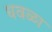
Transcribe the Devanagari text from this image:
धवळा